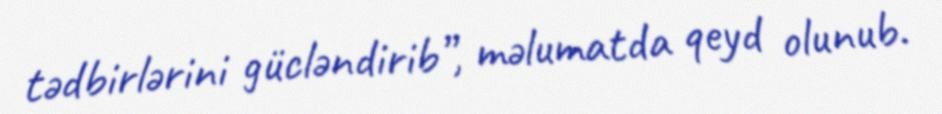
tədbirlərini gücləndirib”, məlumatda qeyd olunub.